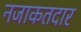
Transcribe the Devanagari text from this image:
नजाकतदार